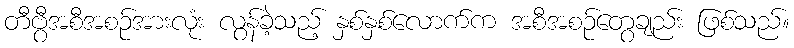
တီဗွီအစီအစဉ်အားလုံး လွန်ခဲ့သည့် နှစ်နှစ်လောက်က အစီအစဉ်တွေချည်း ဖြစ်သည်။